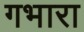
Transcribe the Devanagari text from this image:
गभारा